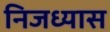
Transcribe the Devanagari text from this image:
निजध्यास